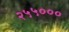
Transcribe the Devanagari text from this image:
२५५०००